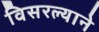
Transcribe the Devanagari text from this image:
विसरल्याने